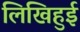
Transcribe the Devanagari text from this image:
लिखिहुई